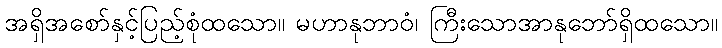
အရှိအစော်နှင့်ပြည့်စုံထသော။ မဟာနုဘာဝံ၊ ကြီးသောအာနုဘော်ရှိထသော။